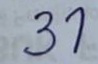
31